Annual report on the working of the mental hospitals in the Madras Presidency - 1912-1932
Year: 1912
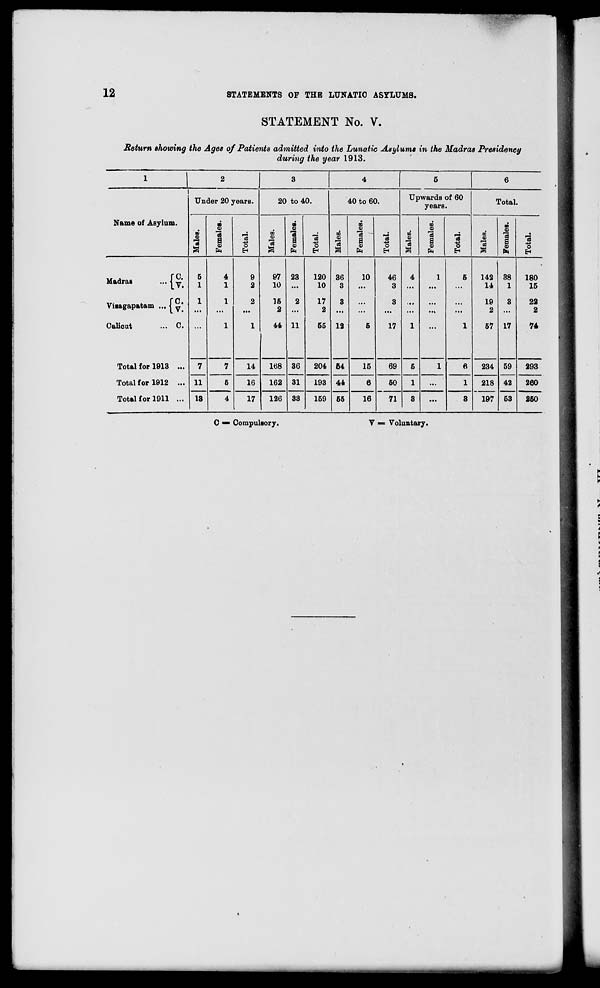
12
STATEMENTS OP THE LUNATIC ASYLUMS.
STATEMENT No. V.
Return showing the Ages of Patients admitted into the Lunatic Asylums in the Madras Presidency
during the year 1913.
1
2
3
4
5
6
I
Under 20 years.
20 to 40.
40 to 60.
Upwards of 60
years.
Total.
Name of Asylum.
1
•
5
a s
-3
43
O
go
"3
CO
1
9
"3
43
O
H
CO
Hi
3
DO
-3 -
a 9
En
3
43
O
CO
"3
a
00
eg
j
Q
"3 43 o
EH
09
C9
-3
a
05
5
|
a
5
i 43
0
EH
Madras
... j y
Visagapatam ... j y*
Calicut
... C.
5
1
1
4
1
1
1
9
2
2
1
97
10
15
2
44
23
2
11
36
31
120
10
17
2
55
36
3
3
12
64
44
10
5
46
3
3
17
4
1
1
5
1
142
14
19
2
67
38
1
3
17
180
15
22
2
74
Total for 1913 ...
7
11
13
7
5
14
168
204
15
69
6
1
6
234 59
42
53
293
Total for 1912 ...
16
162
193
6
50
1
...
1
218
197
260
Total for 1911 ...
4
17
126
33
159 55
16
71
3
...
3
250
C =■ Compulsory.
V = Voluntary.